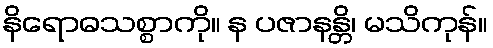
နိရောဓသစ္စာကို။ န ပဇာနန္တိ၊ မသိကုန်။